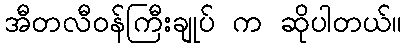
အီတလီဝန်ကြီးချုပ် က ဆိုပါတယ်။